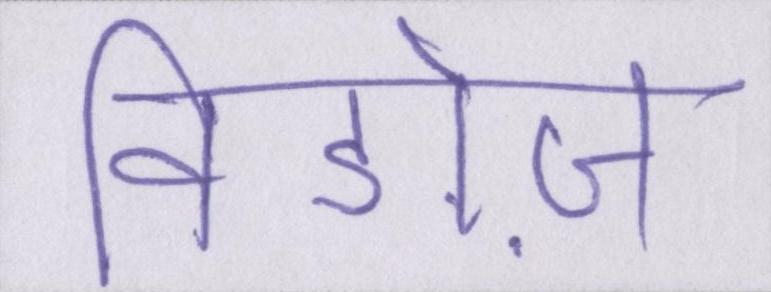
विडोज़